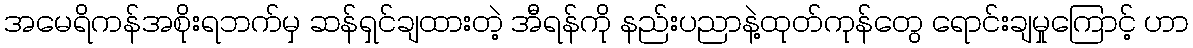
အမေရိကန်အစိုးရဘက်မှ ဆန်ရှင်ချထားတဲ့ အီရန်ကို နည်းပညာနဲ့ထုတ်ကုန်တွေ ရောင်းချမှုကြောင့် ဟာ